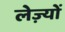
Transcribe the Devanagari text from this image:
लेज़्यों